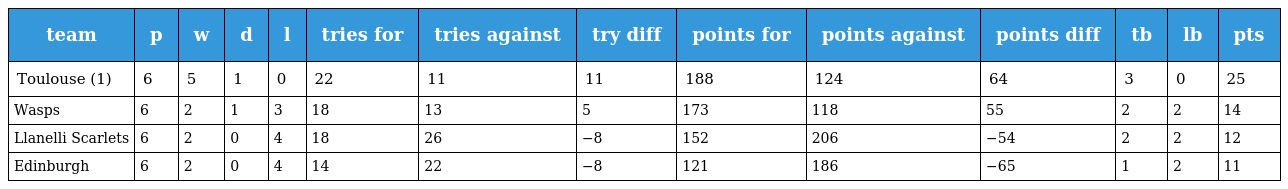
| team | p | w | d | l | tries for | tries against | try diff | points for | points against | points diff | tb | lb | pts |
 | --- | --- | --- | --- | --- | --- | --- | --- | --- | --- | --- | --- | --- | --- |
 | Toulouse (1) | 6 | 5 | 1 | 0 | 22 | 11 | 11 | 188 | 124 | 64 | 3 | 0 | 25 |
 | Wasps | 6 | 2 | 1 | 3 | 18 | 13 | 5 | 173 | 118 | 55 | 2 | 2 | 14 |
 | Llanelli Scarlets | 6 | 2 | 0 | 4 | 18 | 26 | −8 | 152 | 206 | −54 | 2 | 2 | 12 |
 | Edinburgh | 6 | 2 | 0 | 4 | 14 | 22 | −8 | 121 | 186 | −65 | 1 | 2 | 11 |